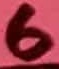
Text: 6